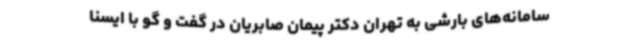
سامانه‌های بارشی به تهران دکتر پیمان صابریان در گفت و گو با ایسنا